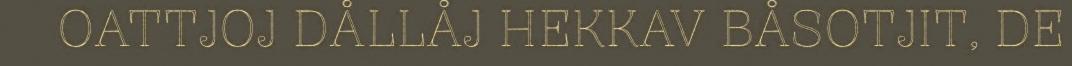
OATTJOJ DÅLLÅJ HEKKAV BÅSOTJIT, DE